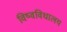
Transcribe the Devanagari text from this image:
विष्वविधालय